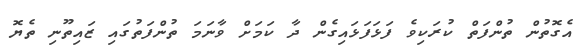
އެގޮތުން ތުންފަތް ކުރަކިވެ ފަޅަފަޅައިގެން ދާ ކަމަށް ވާނަމަ ތުންފަތުގައި ޒައިތޫނި ތެޔޮ